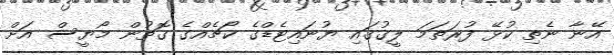
އޭނާ ނެތި ކުޅޭ ފުރަތަމަ ލީގުގައި ޔުނައިޓެޑްގެ ކޯޗެއްގެ ގޮތުން މޯޔީސް އަށް